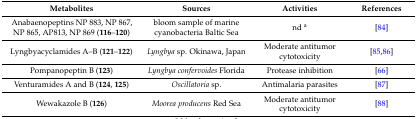
<table><thead><tr><td><b>Metabolites</b></td><td><b>Sources</b></td><td><b>Activities</b></td><td><b>References</b></td></tr></thead><tbody><tr><td>Anabaenopeptins NP 883, NP 867, NP 865, AP813, NP 869 (<b>116</b>–<b>120</b>)</td><td>bloom sample of marine cyanobacteria Baltic Sea</td><td>nd <sup>a</sup></td><td>[84]</td></tr><tr><td>Lyngbyacyclamides A–B (<b>121</b>–<b>122</b>)</td><td><i>Lyngbya</i> sp. Okinawa, Japan</td><td>Moderate antitumor cytotoxicity</td><td>[85,86]</td></tr><tr><td>Pompanopeptin B (<b>123</b>)</td><td><i>Lyngbya confervoides</i> Florida</td><td>Protease inhibition</td><td>[66]</td></tr><tr><td>Venturamides A and B (<b>124</b>, <b>125</b>)</td><td><i>Oscillatoria</i> sp.</td><td>Antimalaria parasites</td><td>[87]</td></tr><tr><td>Wewakazole B (<b>126</b>)</td><td><i>Moorea producens</i> Red Sea</td><td>Moderate antitumor cytotoxicity</td><td>[88]</td></tr></tbody></table>